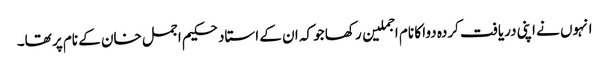
انہوں نے اپنی دریافت کردہ دوا کا نام اجملین رکھا جو کہ ان کے استاد حکیم اجمل خان کے نام پر تھا۔